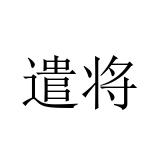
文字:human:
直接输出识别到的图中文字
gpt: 遣将